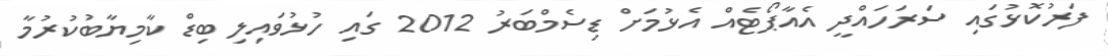
ފަރުކޮޅުގައި ސަރަހައްދީ އެއާޕޯޓެއް އެޅުމަށް ޑިސެމްބަރު 2012 ގައި ހުޅުވައިލި ބިޑް ކާމިޔާބުކުރުމާ